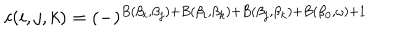
LaTeX: c ( i , j , k ) = ( - ) ^ { B ( \beta _ { i } , \beta _ { j } ) + B ( \beta _ { i } , \beta _ { k } ) + B ( \beta _ { j } , \beta _ { k } ) + B ( \beta _ { 0 } , \omega ) + 1 }